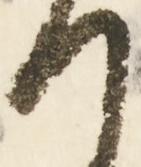
て